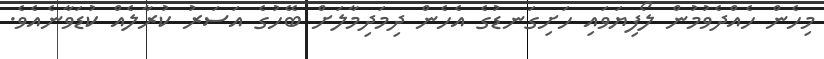
މިހެން ހެއްދެވުމުން ލޯފިޔަވައި ހަށިގަނޑުގެ އެހެން ދިމަދިމާލަށް ބޭހުގެ އަސަރު ކުރާލެއް ކުޑަވާނެއެވެ.